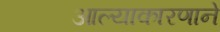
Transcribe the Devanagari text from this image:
आल्याकारणाने